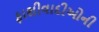
ફાશીવાદીઓની